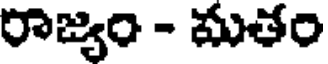
రాజ్యం - మతం